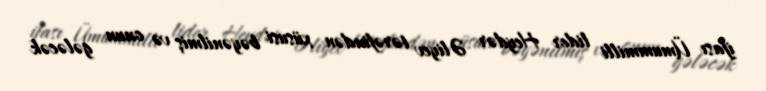
ifası Ümummilli lider Heydər Əliyev tərəfindən xüsusi bəyənilmiş və onun gələcək